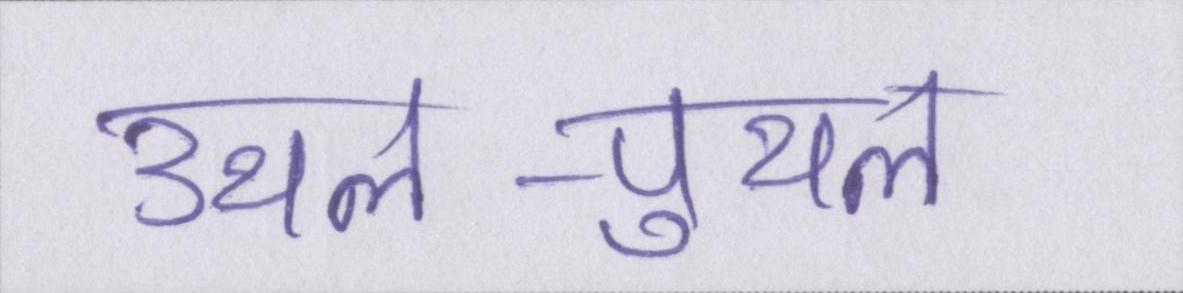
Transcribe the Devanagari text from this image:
उथल-पुथल